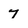
Character: 7